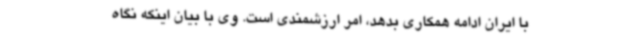
با ایران ادامه همکاری بدهد، امر ارزشمندی است. وی با بیان اینکه نگاه